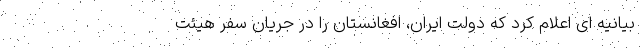
بیانیه ای اعلام کرد که دولت ایران، افغانستان را در جریان سفر هیئت